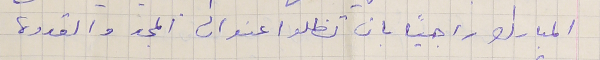
المبارك راجيًا بان تظلوا عنوان المجد والقدوه